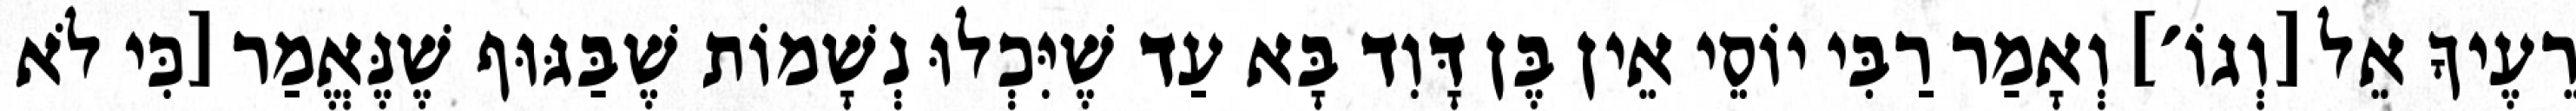
רֵעֶיךָ אֵל [וְגוֹ׳] וְאָמַר רַבִּי יוֹסֵי אֵין בֶּן דָּוִד בָּא עַד שֶׁיִּכְלוּ נְשָׁמוֹת שֶׁבַּגּוּף שֶׁנֶּאֱמַר [כִּי לֹא